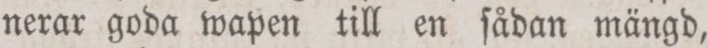
nerar goda wapen till en ſådan mängd,